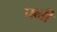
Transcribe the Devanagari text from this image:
पब्बी